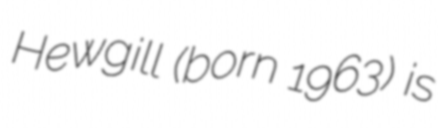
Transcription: Hewgill (born 1963) is